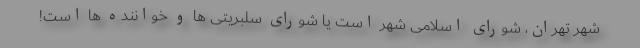
شهر تهران، شورای اسلامی شهر است یا شورای سلبریتی ها و خواننده ها است!